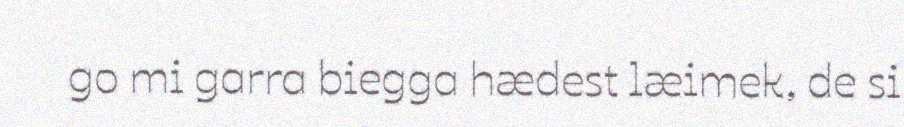
go mi garra biegga hædest læimek, de si